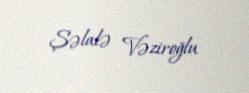
Şəlalə Vəziroğlu